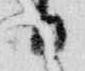
日